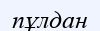
пұлдан